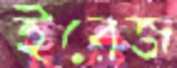
ইরেজ